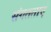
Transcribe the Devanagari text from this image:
संगतताएं